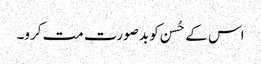
اس کے حُسن کو بد صورت مت کرو۔